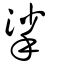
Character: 挲